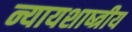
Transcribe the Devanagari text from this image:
न्यायशाष्त्रीय